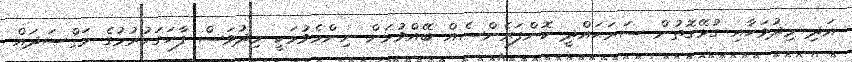
އަދި މިދުވަހާއި ގުޅޭގޮތުން ސަރަޙައްދީ ކޮންފަރެންސެއް ބޭއްވުމަށް ނިންމެވުމަކީ މިދުވަސް ފާހަގަކުރުމުގެ މަޤްޞަދައް